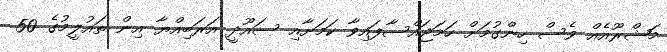
މަޝްރޫއެއް ވެސް ހިންގުމަށް ހަމަޖައްސާފައިވާ ކަމަށާއި ސައޫދީ އަރަބިއްޔާ އިން ތައުލީމުގެ 50